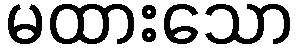
မထားသော